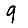
Digit: 9